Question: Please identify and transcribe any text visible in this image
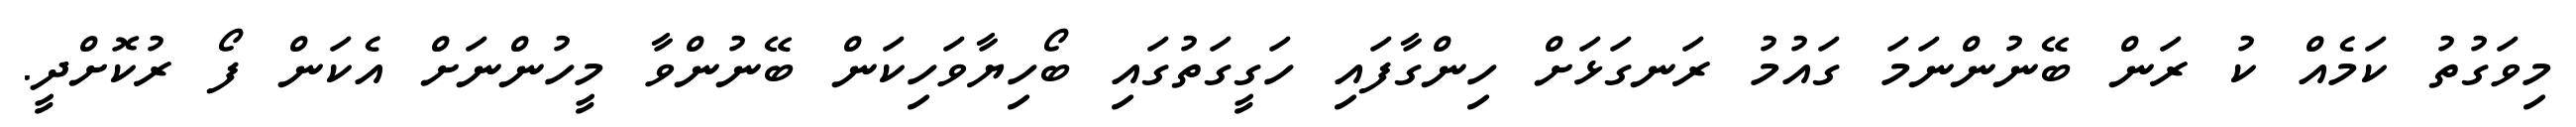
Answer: މިވަގުތު ކަމެއް ކު ރަން ބޭނުންނަމަ ގައުމު ރަނގަޅަށް ހިންގާފައި ހަގީގަތުގައި ބޯހިޔާވަހިކަން ބޭނުންވާ މީހުންނަށް އެކަން ފޯ ރުކޮށްދީ.